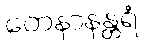
တေနာနန္တရံ